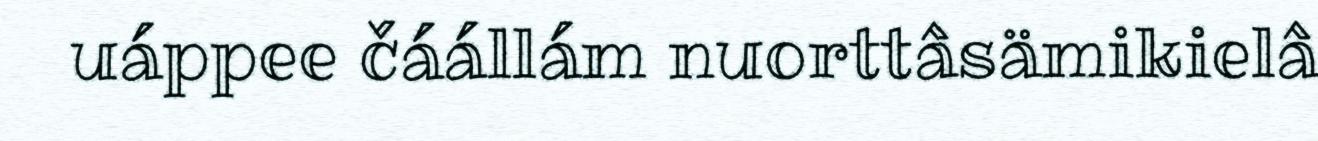
uáppee čáállám nuorttâsämikielâ